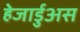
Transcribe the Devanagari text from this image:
हेजार्डुअस